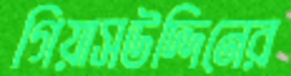
গিয়াসউদ্দিনের